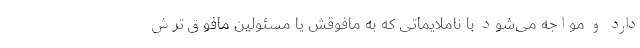
دارد و مواجه می‌شود با ناملایماتی که به مافوقش یا مسئولین مافوق‌ترش